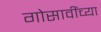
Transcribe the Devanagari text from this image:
गोसावींच्या